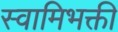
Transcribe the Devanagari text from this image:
स्वामिभक्ती